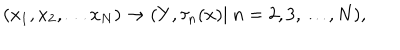
( x _ { 1 } , x _ { 2 } , \ldots x _ { N } ) \rightarrow ( Y , \tau _ { n } ( x ) | \ n = 2 , 3 , \ldots , N ) ,